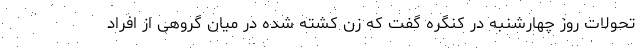
تحولات روز چهارشنبه در کنگره گفت که زن کشته شده در میان گروهی از افراد